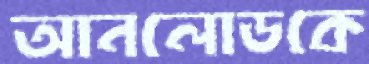
আনলোডকে